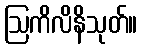
ဩကိလိနိသုတ်။